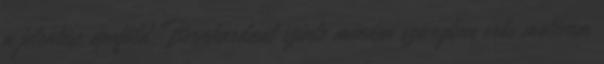
a jelentése apaföld. Bernhardnál szinte minden szövegben erős motívum